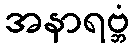
အနာရဗ္ဘံ